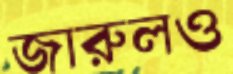
জারুলও